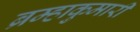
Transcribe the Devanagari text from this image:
ब्रम्हाकुमारी